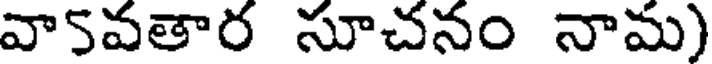
వా5వతార సూచనం నామ)